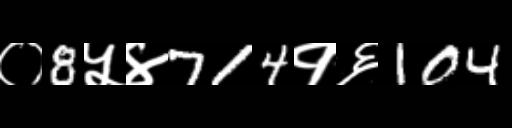
Text: ०8५४714१६104